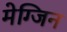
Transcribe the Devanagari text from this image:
मेग्जिन